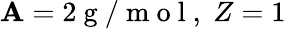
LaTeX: \mathbf{A}=2{\mathrm{{~g~/~m~o~l~}}},\; Z=1